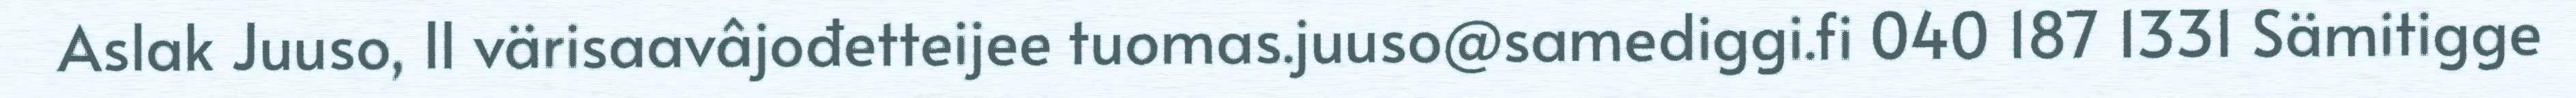
Aslak Juuso, II värisaavâjođetteijee tuomas.juuso@samediggi.fi 040 187 1331 Sämitigge